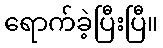
ရောက်ခဲ့ပြီးပြီ။